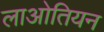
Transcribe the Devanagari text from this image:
लाओतियन